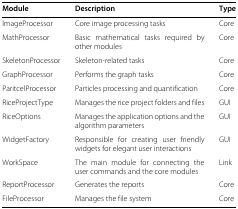
<table><thead><tr><td><b>Module</b></td><td><b>Description</b></td><td><b>Type</b></td></tr></thead><tbody><tr><td>ImageProcessor</td><td>Core image processing tasks</td><td>Core</td></tr><tr><td>MathProcessor</td><td>Basic mathematical tasks required by other modules</td><td>Core</td></tr><tr><td>SkeletonProcessor</td><td>Skeleton-related tasks</td><td>Core</td></tr><tr><td>GraphProcessor</td><td>Performs the graph tasks</td><td>Core</td></tr><tr><td>ParitcelProcessor</td><td>Particles processing and quantification</td><td>Core</td></tr><tr><td>RiceProjectType</td><td>Manages the rice project folders and files</td><td>GUI</td></tr><tr><td>RiceOptions</td><td>Manages the application options and the algorithm parameters</td><td>GUI</td></tr><tr><td>WidgetFactory</td><td>Responsible for creating user friendly widgets for elegant user interactions</td><td>GUI</td></tr><tr><td>WorkSpace</td><td>The main module for connecting the user commands and the core modules</td><td>Link</td></tr><tr><td>ReportProcessor</td><td>Generates the reports</td><td>Core</td></tr><tr><td>FileProcessor</td><td>Manages the file system</td><td>Core</td></tr></tbody></table>